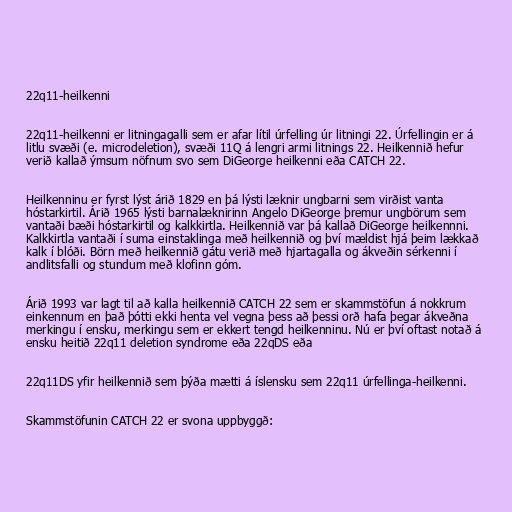
22q11-heilkenni

22q11-heilkenni er litningagalli sem er afar lítil úrfelling úr litningi 22. Úrfellingin er á
litlu svæði (e. microdeletion), svæði 11Q á lengri armi litnings 22. Heilkennið hefur
verið kallað ýmsum nöfnum svo sem DiGeorge heilkenni eða CATCH 22.

Heilkenninu er fyrst lýst árið 1829 en þá lýsti læknir ungbarni sem virðist vanta
hóstarkirtil. Árið 1965 lýsti barnalæknirinn Angelo DiGeorge þremur ungbörum sem
vantaði bæði hóstarkirtil og kalkkirtla. Heilkennið var þá kallað DiGeorge heilkennni.
Kalkkirtla vantaði í suma einstaklinga með heilkennið og því mældist hjá þeim lækkað
kalk í blóði. Börn með heilkennið gátu verið með hjartagalla og ákveðin sérkenni í
andlitsfalli og stundum með klofinn góm.

Árið 1993 var lagt til að kalla heilkennið CATCH 22 sem er skammstöfun á nokkrum
einkennum en það þótti ekki henta vel vegna þess að þessi orð hafa þegar ákveðna
merkingu í ensku, merkingu sem er ekkert tengd heilkenninu. Nú er því oftast notað á
ensku heitið 22q11 deletion syndrome eða 22qDS eða

22q11DS yfir heilkennið sem þýða mætti á íslensku sem 22q11 úrfellinga-heilkenni.

Skammstöfunin CATCH 22 er svona uppbyggð: